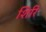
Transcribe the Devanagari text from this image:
शिरिं